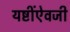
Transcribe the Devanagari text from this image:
यष्टींऐवजी